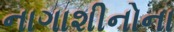
નાગાશીનોના